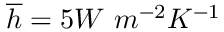
\overline { { h } } = 5 W \ m ^ { - 2 } K ^ { - 1 }